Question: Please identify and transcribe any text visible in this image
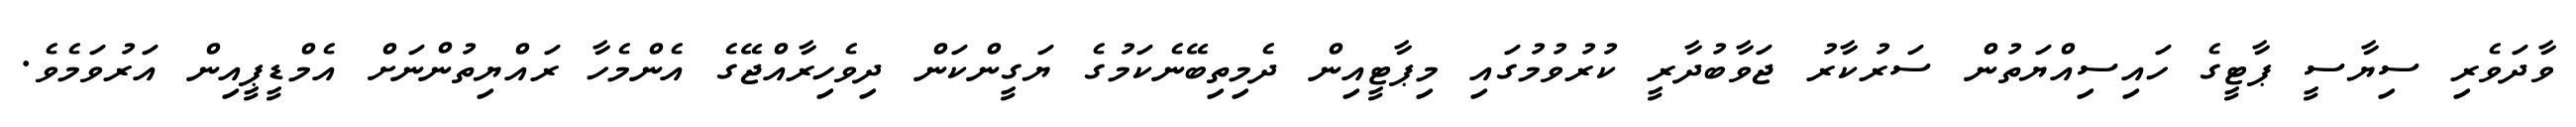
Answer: ވާދަވެރި ސިޔާސީ ޕާޓީގެ ހައިސިއްޔަތުން ސަރުކާރު ޖަވާބުދާރީ ކުރުވުމުގައި މިޕާޓީއިން ދެމިތިބޭނެކަމުގެ ޔަގީންކަން ދިވެހިރާއްޖޭގެ އެންމެހާ ރައްޔިތުންނަށް އެމްޑީޕީއިން އަރުވަމެވެ.